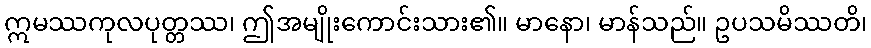
ဣမဿကုလပုတ္တဿ၊ ဤအမျိုးကောင်းသား၏။ မာနော၊ မာန်သည်။ ဥပသမိဿတိ၊